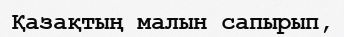
Қазақтың малын сапырып,